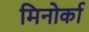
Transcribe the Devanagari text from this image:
मिनोर्का